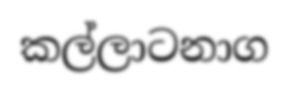
කල්ලාටනාග